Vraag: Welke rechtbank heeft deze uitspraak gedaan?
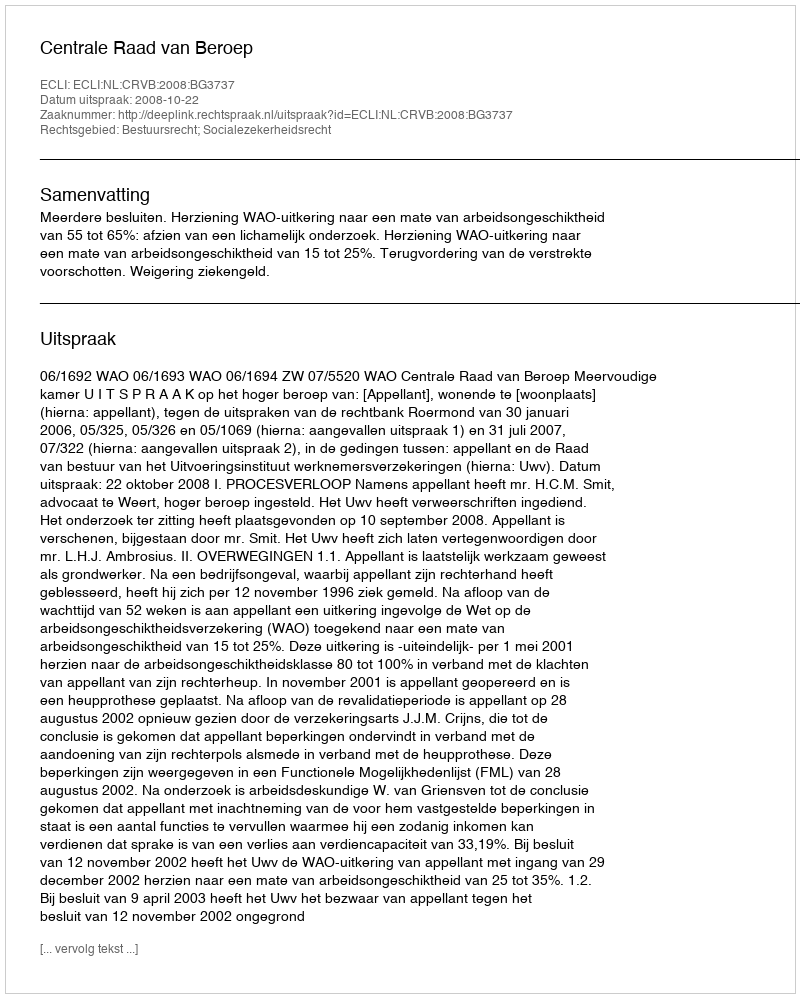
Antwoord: Centrale Raad van Beroep